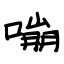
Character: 嘣